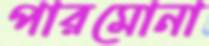
পারমোনা